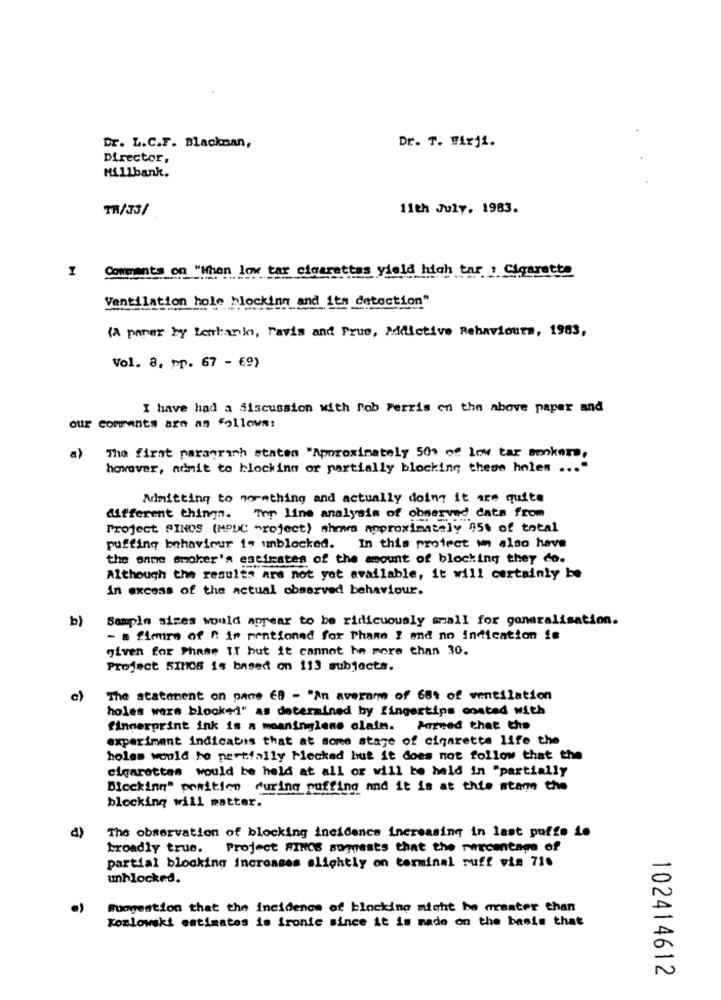
Dr. L.C.F. Blackman,
Dr. T. Wirji.
Director,
Millbank.
11/33/
11th July. 1983.
I Comments on "When low tax clearettes yield high tar ! Cigarette
Ventilation hole blocking and its detection"
(A poner by Lenhanin, ravis and Prue, Addictive Behaviours, 1983,
Vol. 8, pp. 67 - 69)
I have had a discussion with Rob Perris on the above paper and
our comments are as follows:
a)
The first paragraph staten "Approximately 50% of low tar bunkers.
however, mdmit to blocking or partially blocking these holes ...
Admitting to normthing and actually doing it are quite
different things. The line analysis of observed data from
Project SINOS (MPUC project) shows approximately 05% of total
puffing behaviour is unblocked. In this protect un also have
the same smoker's estimates of the amount of blocking they do.
Although the results are not yet available, it will certainly be
in excess of the actual observed behaviour.
b) Sampin sizes would appear to be ridicuously mall for generalisation.
- a fleurs of A in mentioned for Phane I and no indication is
given for Phase II but it cannot be more than 30.
Project SIH05 is based on 113 subjects.
c)
The statement on pane EB - "An average of 68t of ventilation
holes wars block+d" as determined by fingertips onsted with
fingerprint ink is a moaninglens claim.
Parved that the
experiment indicates that at some stage of cigarette life the
holas would be partially Flecked but it does not follow that the
cigarettes would be held at all or will be held in "partially
Blocking" position during puffing and it is at this stam the
blocking will matter.
The observation of blocking incidence increasing in last puffe to
broadly true. Project RINOS suggests that the percentage of
partial blocking increases slightly on terminal ruff via 710
unblocked.
Suggestion that the incidence of blocking might be greater than
Kozlowski estimates is ironie since it is made on the basis that
102414612